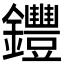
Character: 𨰘